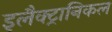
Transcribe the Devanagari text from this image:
इलैक्ट्रानिकल